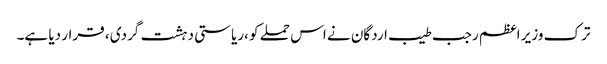
ترک وزیر اعظم رجب طیب اردگان نے اس حملے کو ،ریاستی دہشت گردی ، قرار دیا ہے۔